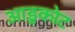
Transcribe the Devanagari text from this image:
आडुकोट